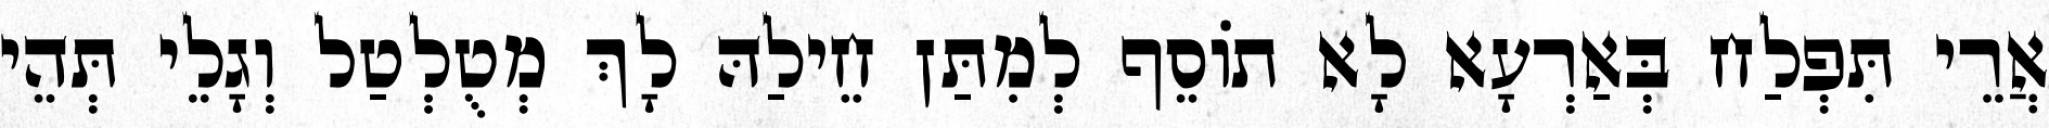
אֲרֵי תִּפְלַח בְּאַרְעָא לָא תוֹסֵף לְמִתַּן חֵילַהּ לָךְ מְטֻלְטַל וְגָלֵי תְּהֵי